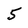
Character: 5